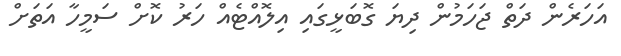
އަހަރެން ދަތް ޖަހަމުން ދިޔަ ގޮބަޅީގައި އިލޮއްޓެއް ހަރު ކޮށް ސަމީހާ އަތަށް